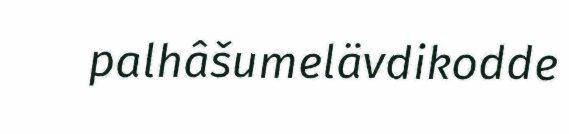
palhâšumelävdikodde